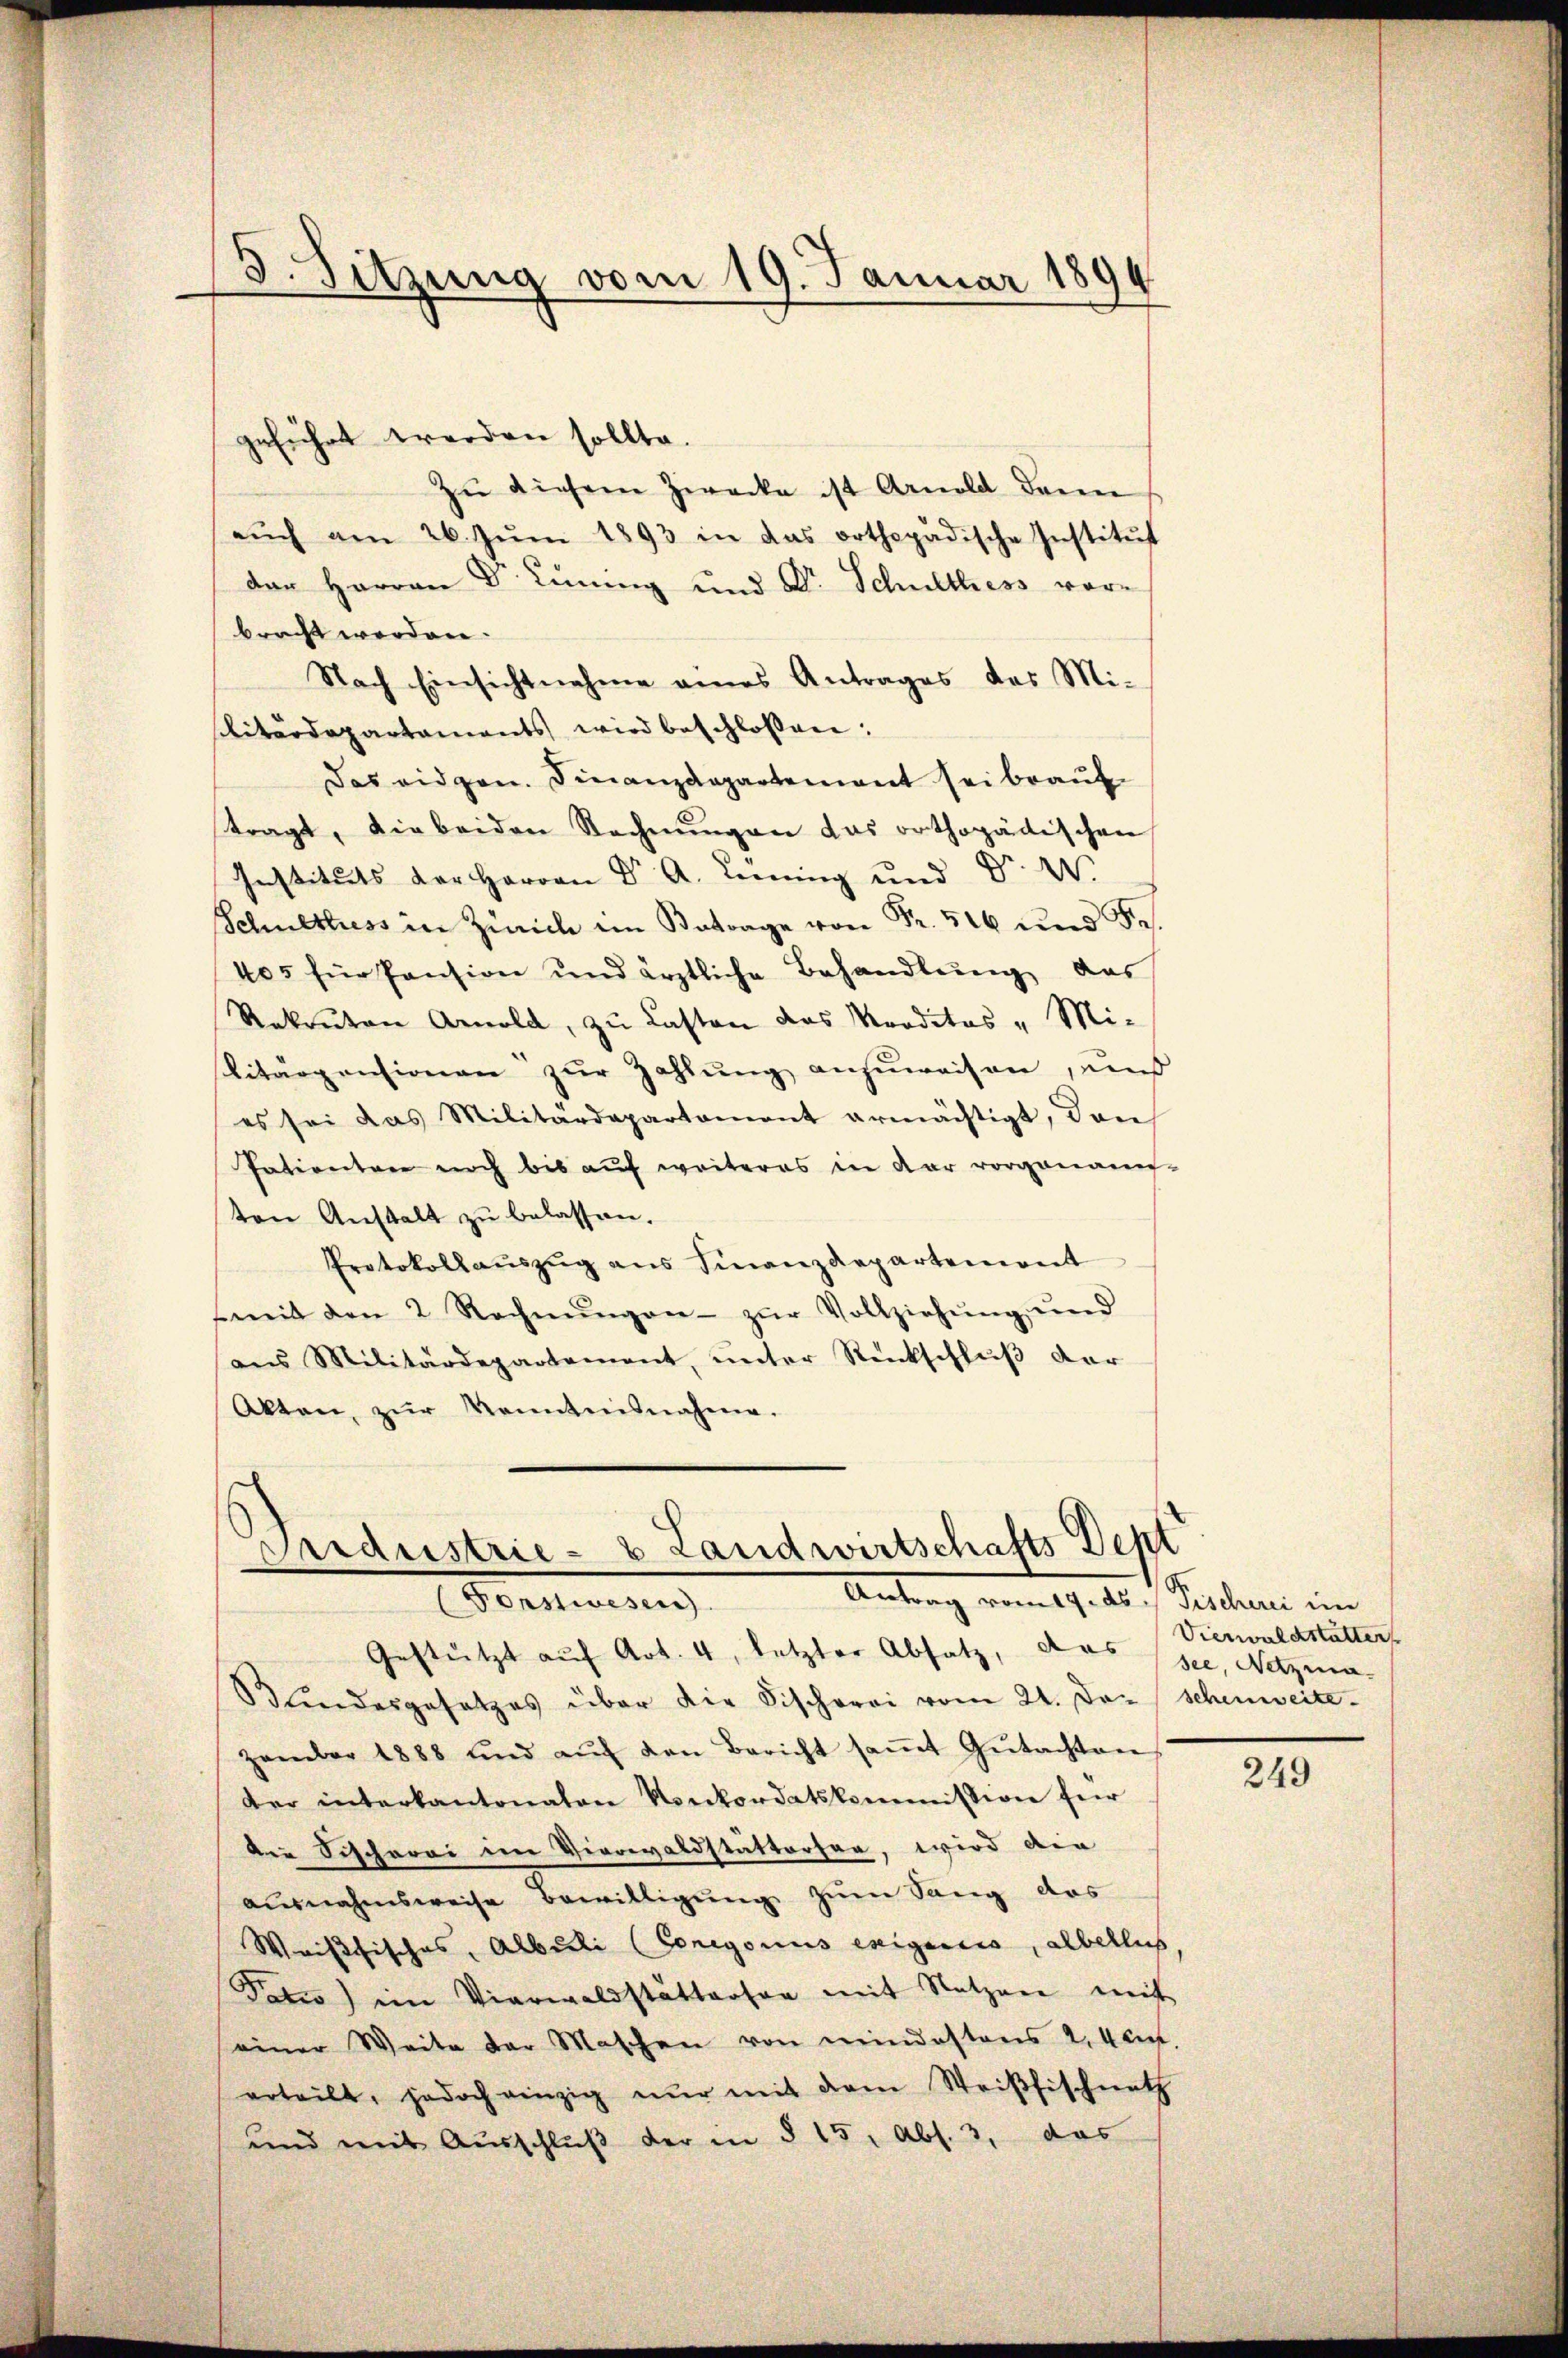
5. Sitzung vom 19. Januar 1894

geführt werden sollte.
Zŭ diesem Zwecke ist Arnold dann s
aŭch am 26. Jŭni 1893 in das orthopädische Institŭt
der Herren Dr. Linnng und Dr. Schulthess vorbracht werden.
Nach Einsichtnahme eines Antrages das Mi-
Citärdepartaments wird beschlossen:
Das eidgen. Finanzdepartement sei brau
stragt, die beiden Rechnŭngen das orthopädischen
Instituts der Herren Dr A. Lenning und Dr. W.
Schulthess in Zürich im Betrage von Fr. 516 und Fr.
405 für Pansion und ärztliche Behandlung das
Rekruten Arnold, zu Lasten das Verditas „Mi-
Ritarpensionen zur Zahlung anzuweisen, und
es sei das Militärdepartament ermächtigt, dan
Patienten noch bis aŭf weiteres in dar vorganam-
ten Anstalt zu belassen.
Protokollauszug aus Finanzdepartemont
(mit den 2 Rechnŭngen zŭr Vollziehŭng und
ans Militärdepartement, ŭnter Rückschlŭβ der
Akten, zŭr Kenntnisnahme.

Grdustrie- & Landwirtschafts Dept
Antrag vom 19. ds. ./ Fischeri im
Forstwesen.

Gestützt auf Art. 4, letzter Absatz, das see, Netzma¬
Bundesgesetzes über die Fischerei vom 21. Der schenweitezember 1888 und aŭf den Bericht saṁt Gŭtachten
der interkantonaten Konkordatskommission für
die Sischerei im Vierwaldstätterfen, wird der
ausnahmsweise Bewilligung zum Sang das
Waißfisches, Alberli (Conigonus exigereis, albellis
Pates) ein Vierwaldstatterson mit Netzen mit
seiner Weite der Maschen von mindestens 2, 4 ent
erteilt, jedoch einzig nŭr mit dem Weiβfischnath
und mit Ausschluß der in § 15, Abs. 3, das

Vierwaldstatter

249